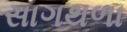
સાગથળા